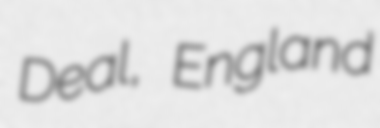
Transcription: Deal, England